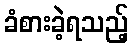
ခံစားခဲ့ရသည့်